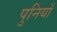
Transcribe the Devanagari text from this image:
पुनियाँ